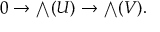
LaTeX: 0 \to { \textstyle \bigwedge } ( U ) \to { \textstyle \bigwedge } ( V ) .